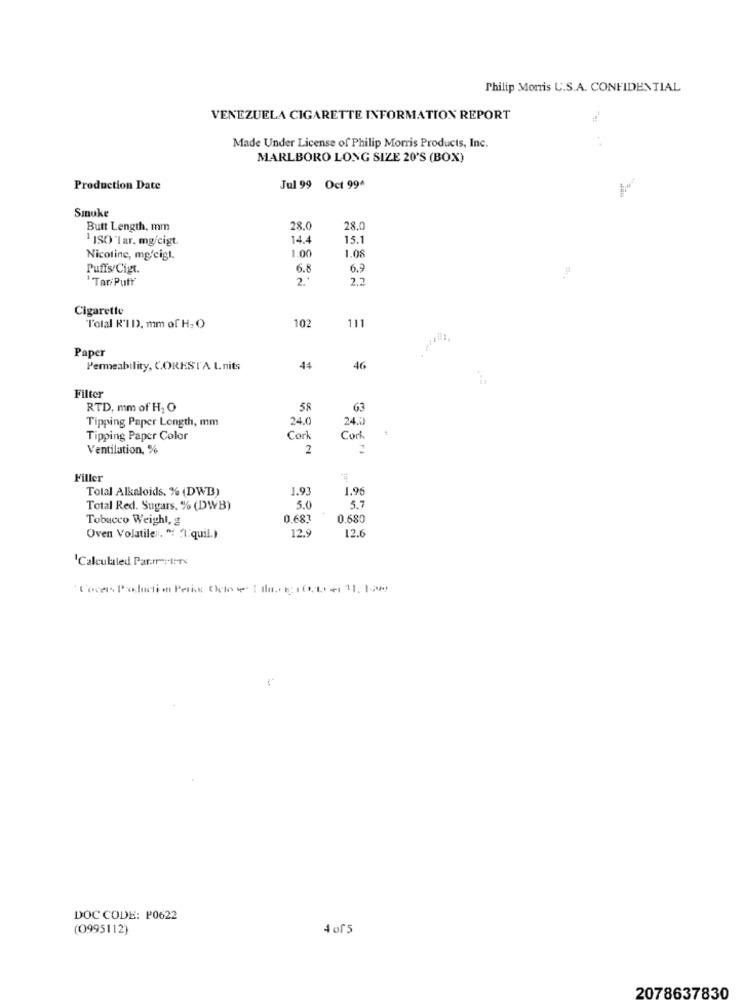
Philip Morris U.S.A. CONFIDENTIAL
VENEZUELA CIGARETTE INFORMATION REPORT
Made Under License of Philip Morris Products, Inc.
MARLBORO LONG SIZE 20'S (BOX)
Production Date
Jul 99 Oct 99^
Smoke
Butt Length. mm
28.0
28.
1 ISO 'Tar. mg/cigt.
14.4
15.1
1.00
1.08
Nicotine, mg/cigl.
Puffs/Cigt.
6.8
6.9
' Tar/PutY'
2.2
Cigarette
102
l'otal R'I DD. mm of H. O
111
Paper
Permeability, CORESTA Lnits
44
46
Filter
RTD, mm of H2 O
58
63
Tipping Paper Length, mm
24.0
24.0
Tipping Paper Color
Cork
Cork
Ventilation, %
2
FI
Filler
#
Total Alkaloids, % (DWB)
1.91
1.96
Total Red. Sugars, % (DWB)
5.0
5.7
Tobacco Weighl, g
0.681
0,680
12.9
Oven Volatiles. " "1.quil.)
12.6
'Calculated Par.r.I-74
DOC CODE: P0622
(0995112)
4 of5
2078637830